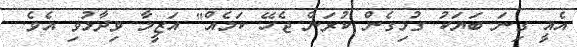
އެއީ ގިނަ ބަޔަކު ގުޅިގެން ކުރަން ޖެހޭ ކަމެއް" އަޒީމާ ވިދާޅުވި އެވެ.